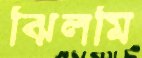
ঝিলমি